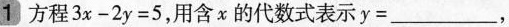
1 方程$$3 x - 2 y = 5$$，用含x的代数式表示$$y = ___$$，